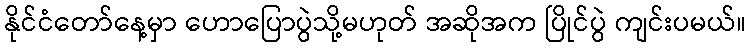
နိုင်ငံတော်နေ့မှာ ဟောပြောပွဲသို့မဟုတ် အဆိုအက ပြိုင်ပွဲ ကျင်းပမယ်။